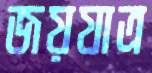
জয়যাত্র